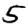
Digit: 5